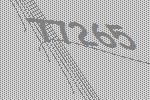
77265